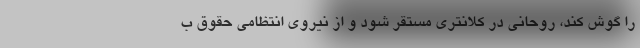
را گوش کند، روحانی در کلانتری مستقر شود و از نیروی انتظامی حقوق ب